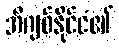
အီဂျစ်နိုင်ငံ၏